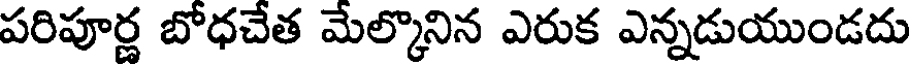
పరిపూర్ణ బోధచేత మేల్కొనిన ఎరుక ఎన్నడుయుండదు